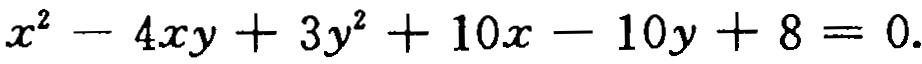
\(x^{2}-4xy + 3y^{2}+10x - 10y + 8 = 0.\)